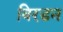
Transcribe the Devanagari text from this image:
बिरडन